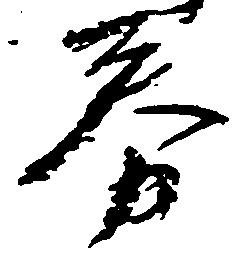
券